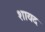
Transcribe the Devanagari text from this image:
शायद